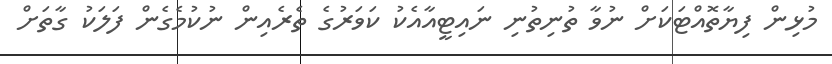
މުޅިން ފިޔާތޮއްޓަކަށް ނުވާ ތުނިތުނި ނައިޓީއާއެކު ކަވަރުގެ ތެރެއިން ނުކުމެގެން ފަލަކު ގާތަށް